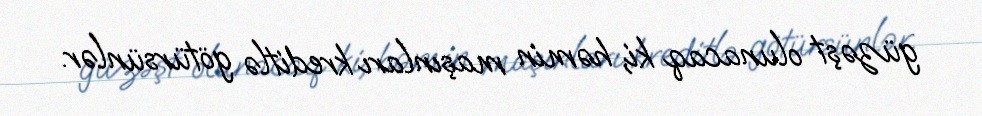
güzəşt olunacaq ki, həmin maşınları kreditlə götürsünlər.